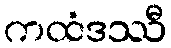
ကထံဒဿီ